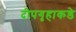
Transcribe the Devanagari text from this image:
दीपगृहाकडे